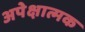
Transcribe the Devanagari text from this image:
अपेक्षात्मक